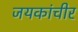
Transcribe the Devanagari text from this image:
जयकांचीर